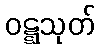
ဝဋ္ဋသုတ်